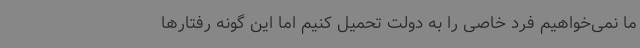
ما نمی‌خواهیم فرد خاصی را به دولت تحمیل کنیم اما این گونه رفتارها